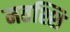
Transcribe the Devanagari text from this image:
मतश्शि